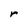
Character: r